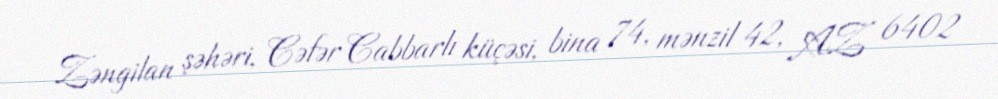
Zəngilan şəhəri, Cəfər Cabbarlı küçəsi, bina 74, mənzil 42, AZ 6402